画像に写った文字を読んでください
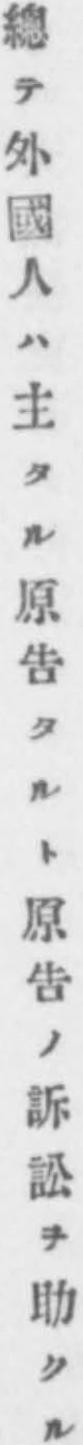
「總テ外國人ハ主タル原吿タルト原吿ノ訴訟ヲ助クル」と書いてあります